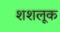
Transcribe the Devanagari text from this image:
शशलूक